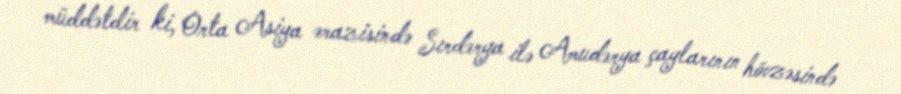
müddətdir ki, Orta Asiya ərazisində Sırdərya ilə Amudərya çaylarının hövzəsində